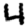
Digit: 4